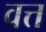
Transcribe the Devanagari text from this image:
वत्त